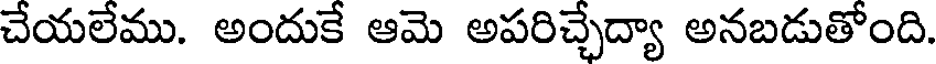
చేయలేము. అందుకే ఆమె అపరిచ్చేద్యా అనబడుతోంది.